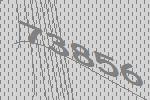
73856